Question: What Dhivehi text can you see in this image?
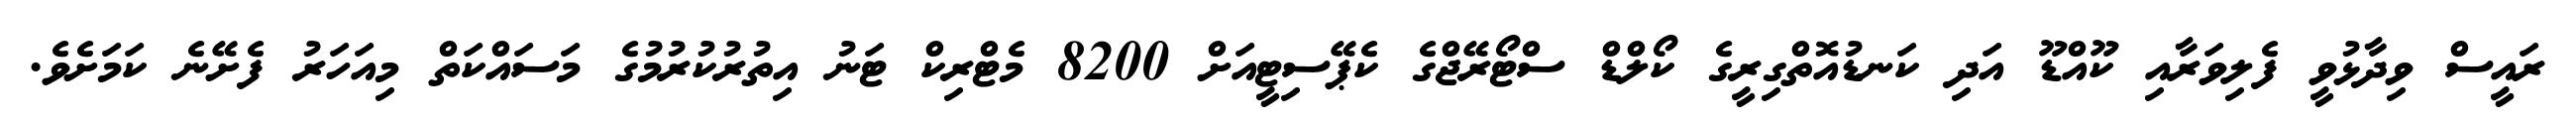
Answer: ރައީސް ވިދާޅުވީ ފެލިވަރާއި ކޫއްޑޫ އަދި ކަނޑުއޮތްގިރީގެ ކޯލްޑް ސްޓޯރޭޖްގެ ކެޕޭސިޓީއަށް 8200 މެޓްރިކް ޓަނު އިތުރުކުރުމުގެ މަސައްކަތް މިއަހަރު ފެށޭނެ ކަމަށެވެ.